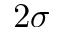
2 \sigma